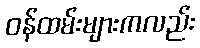
ဝန်ထမ်းများကလည်း